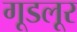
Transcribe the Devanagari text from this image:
गूडलूर